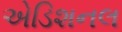
એડિશનલ